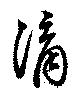
滴